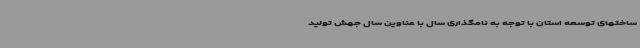
ساختهای توسعه استان با توجه به نامگذاری سال با عناوین سال جهش تولید